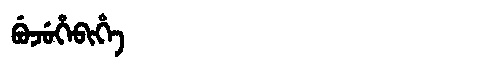
Manchu: ᠪᡠᠵᡠᡥᡝᠪᡳᡥᡝ
Romanization: BUJUHEBIHE